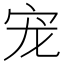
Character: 宠